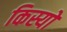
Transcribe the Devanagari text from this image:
किस्यो